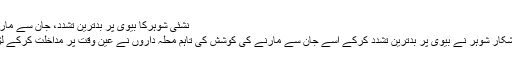
نشئی شوہرکا بیوی پر بدترین تشدد، جان سے مارنے کی کوشش ناکام -
بدین: نشے کی لت کا شکار شوہر نے بیوی پر بدترین تشدد کرکے اسے جان سے مارنے کی کوشش کی تاہم محلہ داروں نے عین وقت پر مداخلت کرکے لڑکی کی زندگی بچالی۔